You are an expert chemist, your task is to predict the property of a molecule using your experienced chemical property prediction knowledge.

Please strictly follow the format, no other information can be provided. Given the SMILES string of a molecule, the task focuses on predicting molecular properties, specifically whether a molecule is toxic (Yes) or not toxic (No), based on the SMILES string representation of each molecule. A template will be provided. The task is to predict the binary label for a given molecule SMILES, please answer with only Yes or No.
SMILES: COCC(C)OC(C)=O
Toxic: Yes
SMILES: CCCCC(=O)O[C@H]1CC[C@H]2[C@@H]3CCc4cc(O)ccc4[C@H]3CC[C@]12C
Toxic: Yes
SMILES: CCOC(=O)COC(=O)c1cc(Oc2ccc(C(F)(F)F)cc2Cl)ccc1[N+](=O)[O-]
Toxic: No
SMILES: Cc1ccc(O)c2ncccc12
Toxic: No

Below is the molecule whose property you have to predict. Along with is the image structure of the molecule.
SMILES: CCCC(Cn1cncn1)c1ccc(Cl)cc1Cl
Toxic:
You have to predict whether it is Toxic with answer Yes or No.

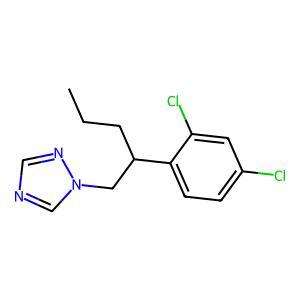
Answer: No